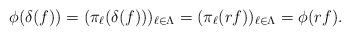
LaTeX: \begin{align*}\phi(\delta(f)) = (\pi_\ell (\delta (f)))_{\ell \in \Lambda}= (\pi_\ell(rf))_{\ell \in \Lambda}=\phi(rf).\end{align*}